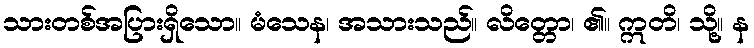
သားတစ်အပြားရှိသော။ မံသေန၊ အသားသည်။ လိတ္တော၊ ၏။ ဣတိ၊ သို့။ န